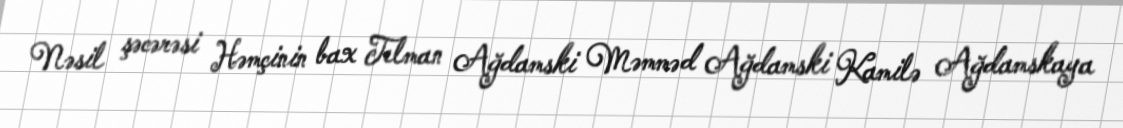
Nəsil şəcərəsi Həmçinin bax Telman Ağdamski Məmməd Ağdamski Kamilə Ağdamskaya